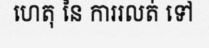
ហេតុ នៃ ការរលត់ ទៅ